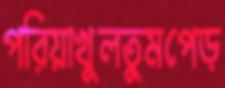
পরিয়াখুলতুমপেড়